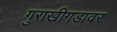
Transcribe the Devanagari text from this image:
गुराखीगडावर